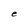
Character: e